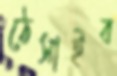
ঠেসাইব